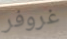
غروفر